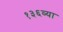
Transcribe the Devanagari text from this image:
१३६व्या